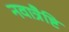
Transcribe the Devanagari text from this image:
नवात्रैष्टि